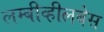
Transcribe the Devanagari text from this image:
लम्बीव्हीलबेस